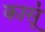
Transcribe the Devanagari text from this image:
कासूं